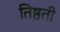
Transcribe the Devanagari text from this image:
तिष्ठती